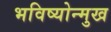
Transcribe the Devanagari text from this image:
भविष्योन्मुख